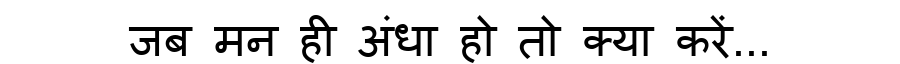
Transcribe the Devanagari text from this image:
जब मन ही अंधा हो तो क्या करें...